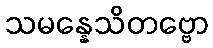
သမန္နေသိတဗ္ဗော